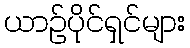
ယာဉ်ပိုင်ရှင်များ